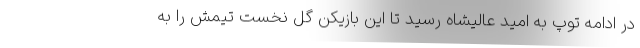
در ادامه توپ به امید عالیشاه رسید تا این بازیکن گل نخست تیمش را به